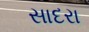
સાદરા